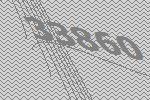
33860